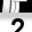
Digit: 2